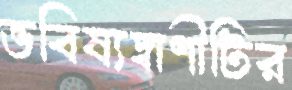
ভবিষ্যদ্বাণীটির